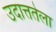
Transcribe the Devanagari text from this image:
उदात्ततेला